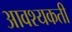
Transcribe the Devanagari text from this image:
आवश्यकती